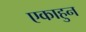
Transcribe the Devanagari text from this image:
एकाहुन